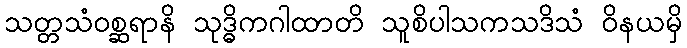
သတ္တသံဝစ္ဆရာနိ သုဒ္ဓိကဂါထာတိ သူစိပါသကသဒိသံ ဝိနယမှိ